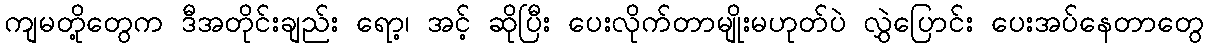
ကျမတို့တွေက ဒီအတိုင်းချည်း ရော့၊ အင့် ဆိုပြီး ပေးလိုက်တာမျိုးမဟုတ်ပဲ လွှဲပြောင်း ပေးအပ်နေတာတွေ